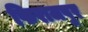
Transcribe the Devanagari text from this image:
फिराजपुर